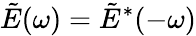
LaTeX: \tilde{E}(\omega)=\tilde{E}^{*}(-\omega)